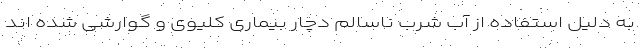
به دلیل استفاده از آب شرب ناسالم دچار بیماری کلیوی و گوارشی شده اند